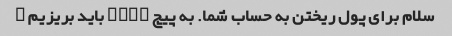
سلام برای پول ریختن به حساب شما. به پیچ LINK باید بریزیم ?